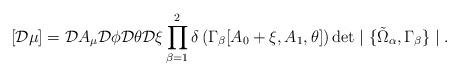
LaTeX: \begin{align*}[{\cal D} \mu] = {\cal D} A_\mu {\cal D} \phi {\cal D} \theta {\cal D} \xi \prod^2_{\beta = 1} \delta\left(\Gamma_{\beta}[A_0 + \xi, A_1, \theta]\right) \det \mid \{\tilde{\Omega}_{\alpha}, \Gamma_{\beta}\} \mid.\end{align*}